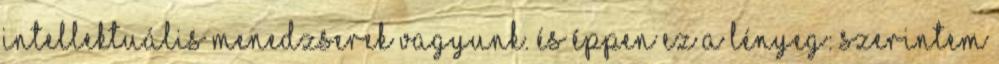
intellektuális menedzserek vagyunk. És éppen ez a lényeg: szerintem